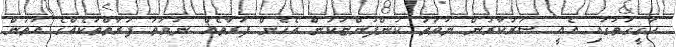
ހަގީގަތުގައި އެއީ ސަރުކާރުން ނުވަތަ ކުންފުންޏަކުން އެހެން ފަރާތެއް ނުވަތަ ފަރާތްތަކެއްގެ އަތުން